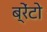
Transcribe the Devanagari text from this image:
ब्रेंटो